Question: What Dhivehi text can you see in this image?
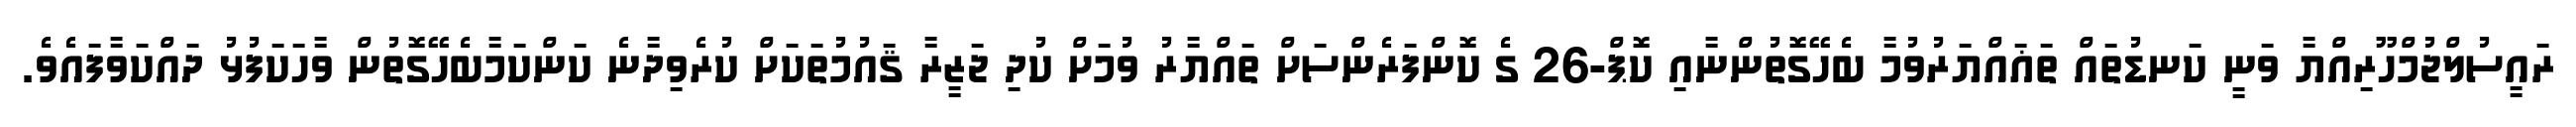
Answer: ރައީސުލްޖުމްހޫރިއްޔާ ވަނީ ކަނޑުތައް ތަޣައްޔަރުވުމާ ބެހޭގޮތުންނާއި ކޮޕް-26 ގެ ކޮންފަރެންސަށް ތައްޔާރު ވުމަށް ކުދި ޖަޒީރާ ޤައުމުތަކަށް ކުރެވިދާނެ ކަންކަމާބެހޭގޮތުން ވާހަކަފުޅު ދައްކަވާފައެވެ.